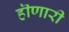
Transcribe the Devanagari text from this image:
हॊणारी